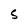
Character: S